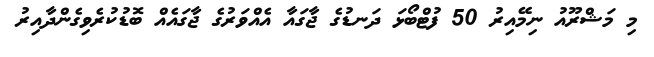
މި މަޝްރޫއު ނިމޭއިރު 50 ފުޓްބޯޅަ ދަނޑުގެ ޖާގައާ އެއްވަރުގެ ޖާގައެއް ބޮޑުކުރެވިގެންދާއިރު